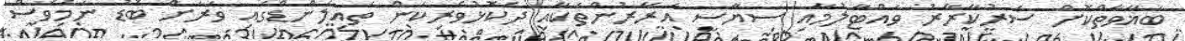
ބަޣާވާތްކޮށް ސަރުކާރާރު ވައްޓާލުމާއި ސިޔާސީ އަރާރުންތަކާއި ދެކޮޅުވެރިކަން ތައިލެންޑްގައި ވަރަށް ބޮޑު ނަމަވެސް